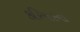
કરિયરના